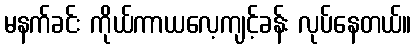
မနက်ခင်း ကိုယ်ကာယလေ့ကျင့်ခန်း လုပ်နေတယ်။